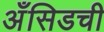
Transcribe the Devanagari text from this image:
अँसिडची